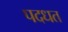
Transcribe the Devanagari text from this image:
पदधत